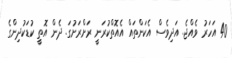
40 އަހަރު ވެއްޖެ. އަދިވެސް އެކަންތައް އެއޮތްކުރަނީ ރަށްރަށުގަ. ދެން އޮތީ ކުޑަކުދިންގެ